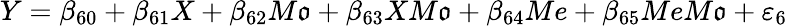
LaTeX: Y=\beta_{60}+\beta_{61}X+\beta_{62}M\mathfrak{o}+\beta_{63}XM\mathfrak{o}+\beta_{64}Me+\beta_{65}MeM\mathfrak{o}+\varepsilon_{6}